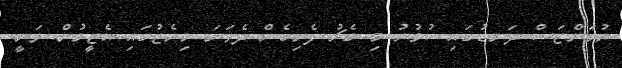
ޔުވަންޓަސް ދަނޑުގައި ކުޅުނު މި މެޗު ފެށިގެން ދެވަނަ މިނެޓުގައި އެޓީމުން ވަނީ